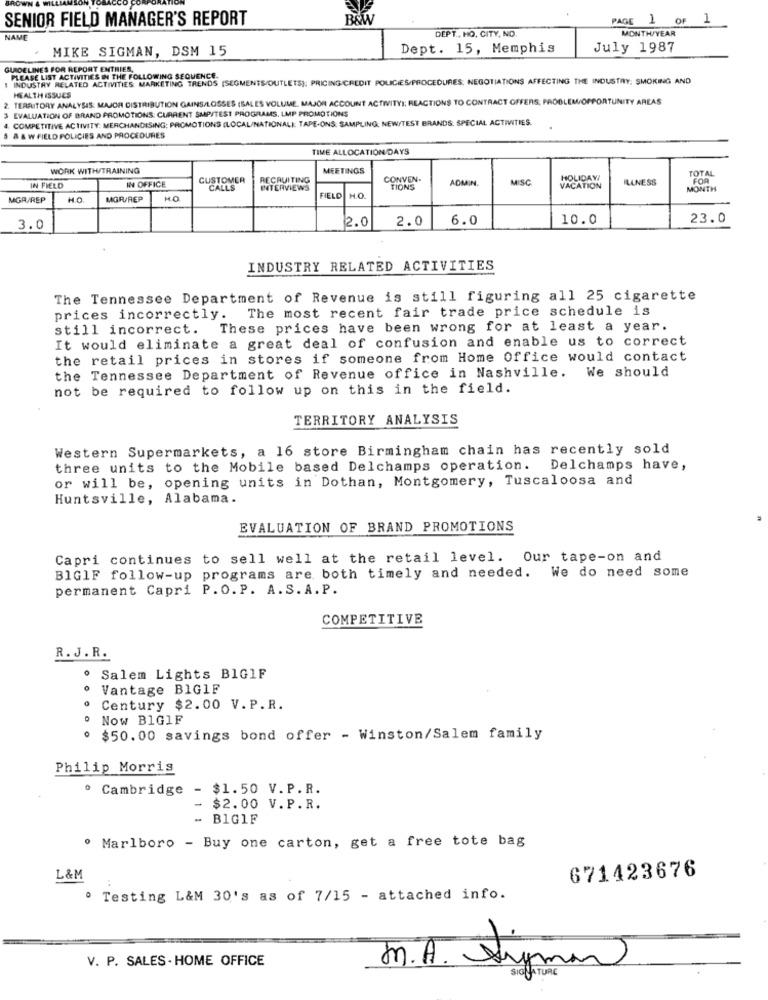
SENIOR FIELD MANAGER'S REPORT
B&W
PAGE 1
1 OF 1
DEPT ., HO, CITY, NO.
MONTH/YEAR
NAME
MIKE SIGMAN, DSM 15
Dept. 15, Memphis
July 1987
GUIDELINES FOR REPORT ENTRIES,
1 INDUSTRY RELATED ACTIVITIES: MARKETING TRENDS [SEGMENTS/OUTLETS); PRICING CREDIT POLICIES/PROCEDURES: NEGOTIATIONS AFFECTING THE INDUSTRY; SMOKING AND
PLEASE LIST ACTIVITIES IN THE FOLLOWING SEQUENCE.
2. TERRITORY ANALYSIS: MAJOR DISTRIBUTION GAINS/LOSSES (SALES VOLUME. MAJOR ACCOUNT ACTIVITY); REACTIONS TO CONTRACT OFFERS, PROBLEM/OPPORTUNITY AREAS
HEALTH ISSUES
3 EVALUATION OF BRAND PROMOTIONS: CURRENT SMP/TEST PROGRAMS. LMP PROMOTIONS
4. COMPETITIVE ACTIVITY: MERCHANDISING; PROMOTIONS (LOCAL/NATIONALE TAPE-ONS: SAMPLING; NEW/TEST BRANDS: SPECIAL ACTIVITIES.
S & & W FIELD POLICIES AND PROCEDURES
TIME ALLOCATION/DAYS
WORK WITH/TRAINING
MEETINGS
TOTAL
IN OFFICE
CUSTOMER
RECRUITING
CONVEN.
ADMIN.
MISC
HOLIDAYI
ILLNESS
FOR
IN FIELD
CALLS
INTERVIEWS
TIONS
MONTH
MGR/REP
HO
MGR/REP
FIELD
HO
2.0
2.0
6.0
10.0
23.0
3.0
INDUSTRY RELATED ACTIVITIES
The Tennessee Department of Revenue is still figuring all 25 cigarette
The most recent fair trade price schedule is
prices incorrectly.
still incorrect. These prices have been wrong for at least a year.
It would eliminate a great deal of confusion and enable us to correct
the retail prices in stores if someone from Home Office would contact
the Tennessee Department of Revenue office in Nashville. We should
not be required to follow up on this in the field.
TERRITORY ANALYSIS
Western Supermarkets, a 16 store Birmingham chain has recently sold
three units to the Mobile based Delchamps operation. Delchamps have,
or will be, opening units in Dothan, Montgomery, Tuscaloosa and
Huntsville, Alabama.
EVALUATION OF BRAND PROMOTIONS
Capri continues to sell well at the retail level. Our tape-on and
BIGIF follow-up programs are both timely and needed. We do need some
permanent Capri P.O.P. A.S.A.P.
COMPETITIVE
R. J . R.
º Salem Lights BIG1F
Vantage BIGIF
º Century $2.00 V. P.R.
. Now BIGIF
· $50.00 savings bond offer - Winston/Salem family
Philip Morris
· Cambridge
$1.50 V. P. R.
-
$2.00 V.P.R.
- B1GIF
º Marlboro - Buy one carton, get a free tote bag
L&M
671423676
. Testing L&M 30's as of 7/15 - attached info.
V. P. SALES - HOME OFFICE
m.A. Anyman
SIGNATURE